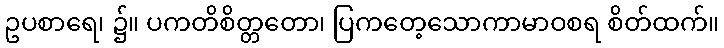
ဥပစာရေ၊ ၌။ ပကတိစိတ္တတော၊ ပြကတေ့သောကာမာဝစရ စိတ်ထက်။